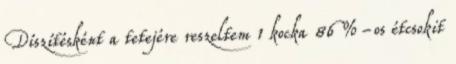
Díszítésként a tetejére reszeltem 1 kocka 86 %-os étcsokit